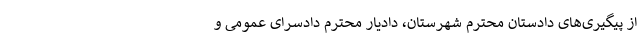
از پیگیری‌های دادستان محترم شهرستان، دادیار محترم دادسرای عمومی و